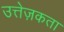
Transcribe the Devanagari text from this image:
उत्तेज़कता